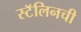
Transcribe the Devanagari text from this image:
स्टॅलिनची